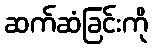
ဆက်ဆံခြင်းကို